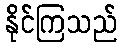
နိုင်ကြသည်